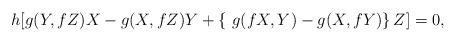
LaTeX: \begin{align*}h[g(Y,fZ)X-g(X,fZ)Y+\left\{\ g(fX,Y)-g(X,fY) \right\}Z]=0,\end{align*}